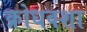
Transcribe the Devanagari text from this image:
क्रोधवशा